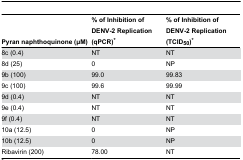
| Pyran naphthoquinone (μM) | % of Inhibition of DENV-2 Replication (qPCR)* | % of Inhibition of DENV-2 Replication (TCID50)* |
 | --- | --- | --- |
 | 8c (0.4) | NT | NT |
 | 8d (25) | 0 | NP |
 | 9b (100) | 99.0 | 99.83 |
 | 9c (100) | 99.6 | 99.99 |
 | 9d (0.4) | NT | NT |
 | 9e (0.4) | NT | NT |
 | 9f (0.4) | NT | NT |
 | 10a (12.5) | 0 | NP |
 | 10b (12.5) | 0 | NP |
 | Ribavirin (200) | 78.00 | NT |